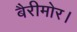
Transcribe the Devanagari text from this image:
बैरीमोर।